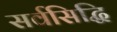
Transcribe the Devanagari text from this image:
सर्वसिद्धि